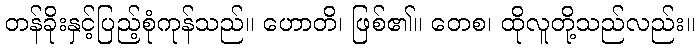
တန်ခိုးနှင့်ပြည့်စုံကုန်သည်။ ဟောတိ၊ ဖြစ်၏။ တေစ၊ ထိုလူတို့သည်လည်း။